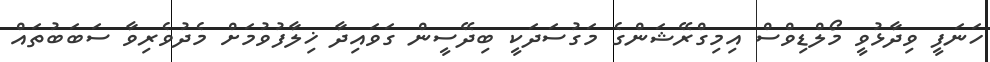
ހަނަފީ ވިދާޅުވީ މޯލްޑިވްސް އިމިގްރޭޝަންގެ މަގުސަދަކީ ބިދޭސީން ގަވައިދާ ޚިލާފުވުމަށް މެދުވެރިވާ ސަބަބުތައް